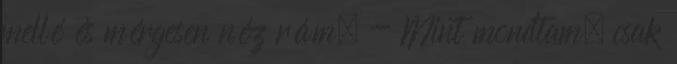
mellé és mérgesen néz rám. - Mint mondtam, csak